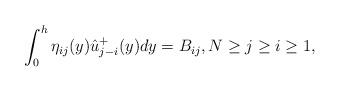
LaTeX: \begin{align*} \int_0^h \eta_{i j}(y) \hat u_{j-i}^+(y) dy=B_{ij}, N \ge j \ge i \ge 1,\end{align*}